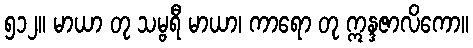
၅၁၂။ မာယာ တု သမ္ဗရီ မာယာ၊ ကာရော တု ဣန္ဒဇာလိကော။